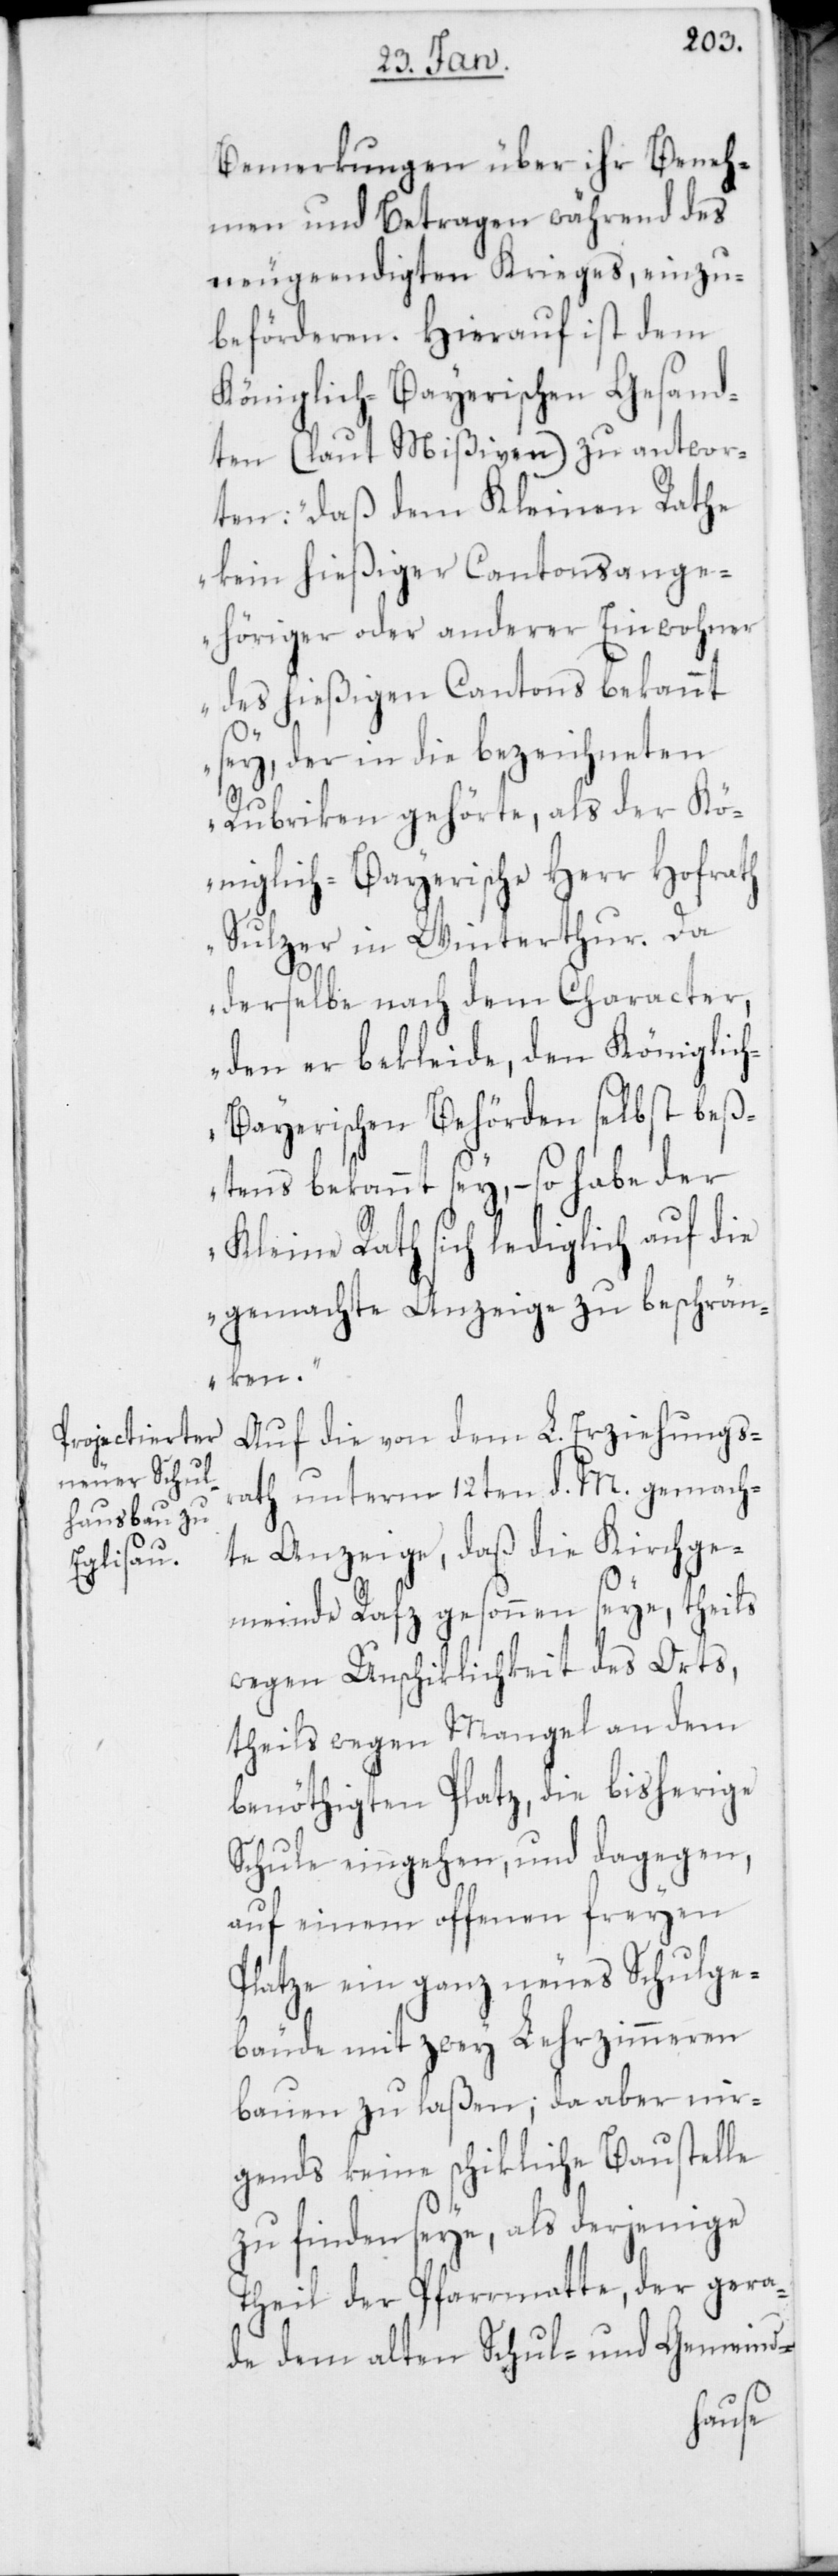
Bemerkungen über ihr Beneh¬
men und Betragen während des
neugeendigten Krieges, einzu¬
beförderen. Hierauf ist dem
Königlich-Bayerischen Gesand¬
ten (laut Mißiven) zu antwor¬
ten: „Daß dem Kleinen Rathe
kein hießiger Cantonsange¬
höriger oder anderer Einwohner
des hießigen Cantons bekannt
sey, der in die bezeichneten
Rubriken gehörte, als der Kö¬
niglich-Bayerische Herr Hofrath
Sulzer in Winterthur. Da
derselbe nach dem Character,
den er bekleide, den Königlic¬
h-Bayerischen Behörden selbst beß¬
tens bekannt sey, – so habe der
Kleine Rath sich lediglich auf die
gemachte Anzeige zu beschrän¬
ken.“
Auf die von dem L. Erziehungsr¬
ath unterm 12ten d. M. gemach¬
te Anzeige, daß die Kirchge¬
meinde Rafz gesonnen seye, theils
wegen Unschiklichkeit des Orts,
theils wegen Mangel an dem
benöthigten Platz, die bisherige
Schule eingehen, und dagegen,
auf einem offenen freyen
Platze ein ganz neues Schulge¬
bäude mit zwey Lehrzimmeren
bauen zu laßen; da aber nir¬
gends keine schikliche Baustelle
zu finden seye, als derjenige
Theil der Pfarrmatte, der gera¬
de dem alten Schul- und Gemeind-